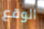
الوقع